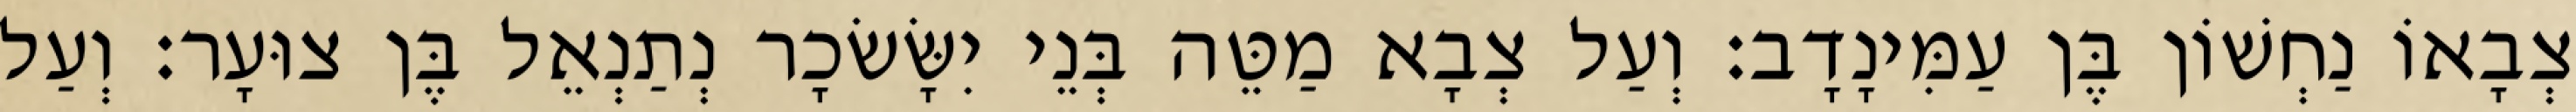
צְבָאוֹ נַחְשׁוֹן בֶּן עַמִּינָדָב׃ וְעַל צְבָא מַטֵּה בְּנֵי יִשָּׂשׂכָר נְתַנְאֵל בֶּן צוּעָר׃ וְעַל